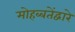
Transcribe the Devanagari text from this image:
मोहब्बतेंद्वारे